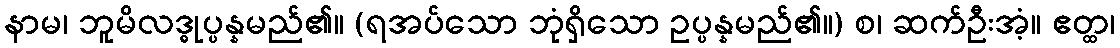
နာမ၊ ဘူမိလဒ္ဓုပ္ပန္နမည်၏။ (ရအပ်သော ဘုံရှိသော ဥပ္ပန္နမည်၏။) စ၊ ဆက်ဦးအံ့။ ဧတ္ထ၊